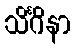
သိင်္ဂိနာ